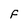
Character: F